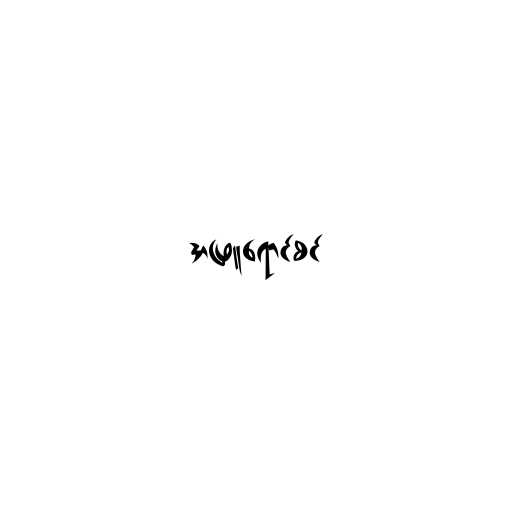
အဖြူရောင်စင်